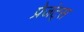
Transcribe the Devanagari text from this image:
प्रेजंट्स